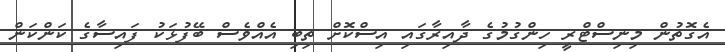
އެގޮތުން މިނިސްޓްރީ ހިންގުމުގެ ދާއިރާގައި އިސްކޮށް ތިބި އެއްވެސް ބޭފުޅަކު ފައިސާގެ ކަންކަން